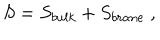
S = S _ { b u l k } + S _ { b r a n e } \ ,